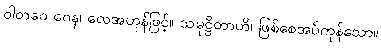
ဝါတဝေ ဂေန၊ လေအဟုန်ဖြင့်။ သမုဋ္ဌိတာဟိ၊ ဖြစ်စေအပ်ကုန်သော။